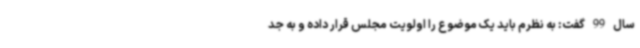
سال 99 گفت: به نظرم باید یک موضوع را اولویت مجلس قرار داده و به جد